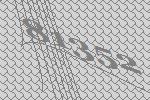
81352